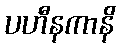
ပဟီနကာနိ